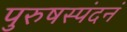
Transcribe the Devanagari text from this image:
पुरुषस्पंदनं